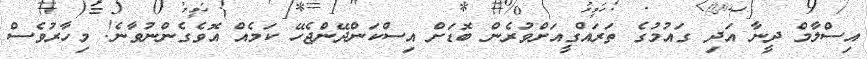
އިސްލާމް ދީނާ އަދި ގައުމުގެ ތަރައްގީއަށްވުރެން ބޮޑަށް އިސްކަންދޭންޖެހޭ ކަމެއް އޮވެގެންނުވާނެ! މިހާރުވެސް